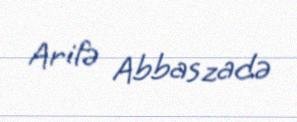
Arifə Abbaszadə